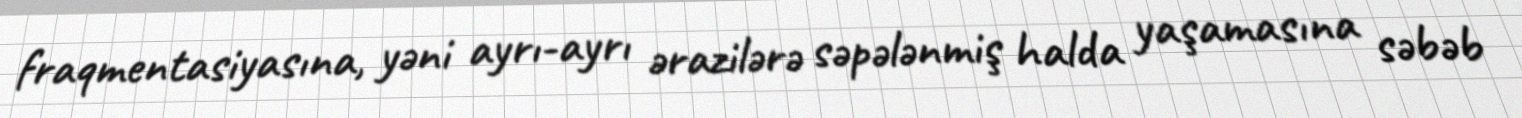
fraqmentasiyasına, yəni ayrı-ayrı ərazilərə səpələnmiş halda yaşamasına səbəb